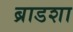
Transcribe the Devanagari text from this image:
ब्राडशा